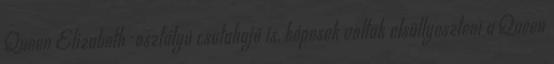
Queen Elizabeth-osztályú csatahajó is, képesek voltak elsüllyeszteni a Queen